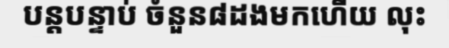
បន្តបន្ទាប់ ចំនួន៨ដងមកហើយ លុះ